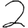
Digit: 2